Annual administration report of the Civil Veterinary Department of India - 1901-1902
Year: 1901
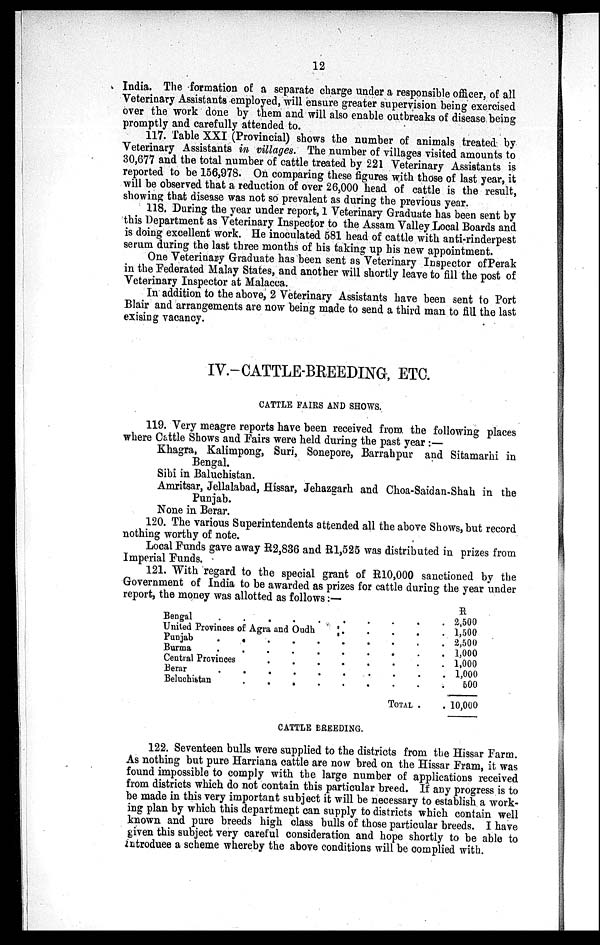
12
India. The formation of a separate charge under a responsible officer, of all
Veterinary Assistants employed, will ensure greater supervision being exercised
over the work done by them and will also enable outbreaks of disease being
promptly and carefully attended to.
117. Table XXI (Provincial) shows the number of animals treated by
Veterinary Assistants in villages. The number of villages visited amounts to
30,677 and the total number of cattle treated by 221 Veterinary Assistants is
reported to be 156,978. On comparing these figures with those of last year, it
will be observed that a reduction of over 26,000 head of cattle is the result,
showing that disease was not so prevalent as during the previous year.
118. During the year under report, 1 Veterinary Graduate has been sent by
this Department as Veterinary Inspector to the Assam Valley Local Boards and
is doing excellent work. He inoculated 581 head of cattle with anti-rinderpest
serum during the last three months of his taking up his new appointment.
One Veterinary Graduate has been sent as Veterinary Inspector of Perak
in the Federated Malay States, and another will shortly leave to fill the post of
Veterinary Inspector at Malacca.
In addition to the above, 2 Veterinary Assistants have been sent to Port
Blair and arrangements are now being made to send a third man to fill the last
exising vacancy.
IV.-CATTLE-BREEDING, ETC.
CATTLE FAIRS AND SHOWS.
119. Very meagre reports have been received from the following places
where Cattle Shows and Fairs were held during the past year :—
Khagra, Kalimpong, Suri, Sonepore, Barrahpur and Sitamarhi in
Bengal.
Sibi in Baluchistan.
Amritsar, Jellalabad, Hissar, Jehazgarh and Choa-Saidan-Shah in the
Punjab.
None in Berar.
120. The various Superintendents attended all the above Shows, but record
nothing worthy of note.
Local Funds gave away R2,836 and R1,525 was distributed in prizes from
Imperial Funds.
121. With regard to the special grant of R10,000 sanctioned by the
Government of India to be awarded as prizes for cattle during the year under
report, the money was allotted as follows:—
Bengal . .
.
.
.
United Provinces of Agra and Oudh
Punjab
.
.
Burma . .
Central Provinces
Berar . .
Beluchistan .
.
.
.
.
.
.
.
.
.
.
.
.
.
.
.
.
.
.
.
.
.
.
.
.
.
.
.
.
.
.
.
.
.
.
.
.
.
.
.
.
.
.
.
TOTAL ..
.
.
.
.
.
.
.
.
H
2,500
1,500
2,500
1,000
1,000
500
10,000
CATTLE BREEDING.
122. Seventeen bulls were supplied to the districts from the Hissar Farm.
As nothing but pure Harriana cattle are now bred on the Hissar Pram, it was
found impossible to comply with the large number of applications received
from districts which do not contain this particular breed. If any progress is to
be made in this very important subject it will be necessary to establish a work-
ing plan by which this department can supply to districts which contain well
known and pure breeds high class bulls of those particular breeds. I have
given this subject very careful consideration and hope shortly to be able to
introduce a scheme whereby the above conditions will be complied with.